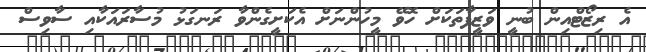
އެ ރިޒޯޓްއިން ބުނީ ވަޒީފާތަކަށް ހޮވޭ މީހުންނަށް އެކަށީގެންވާ ރަނގަޅު މުސާރައަކާއި ސާވިސް